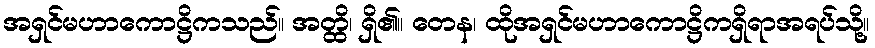
အရှင်မဟာကောဋ္ဌိကသည်။ အတ္ထိ၊ ရှိ၏။ တေန၊ ထိုအရှင်မဟာကောဋ္ဌိကရှိရာအရပ်သို့။